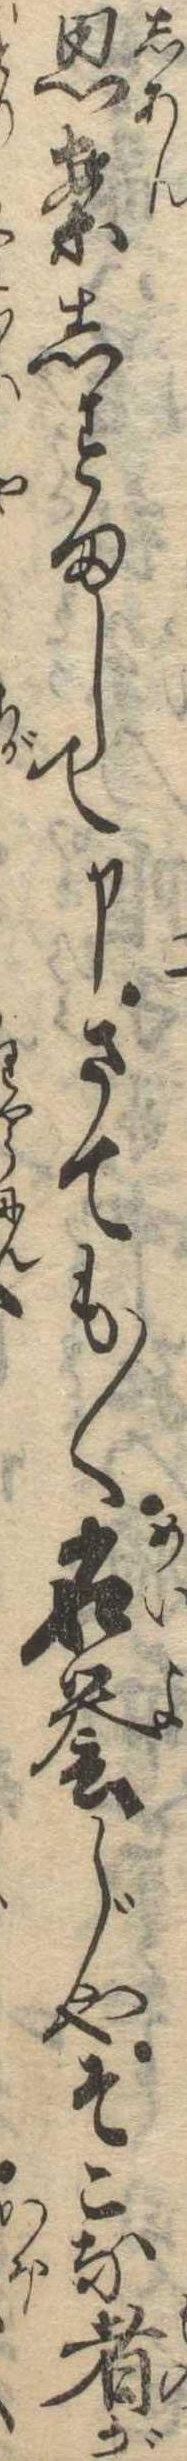
思案しすまして申さても〱名誉じやそこな者が